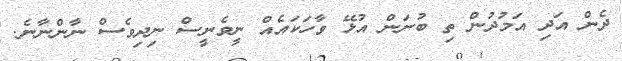
ދެން އަދި އަމުދުން ތި ބުނަން އުޅޭ ވާހަކައެއް ނީވެނީސް ނިދިވެސް ނާންނާނެ.